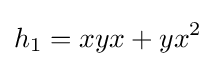
h_{1}=xyx+yx^{2}